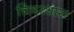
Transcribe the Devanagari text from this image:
चित्ररथास